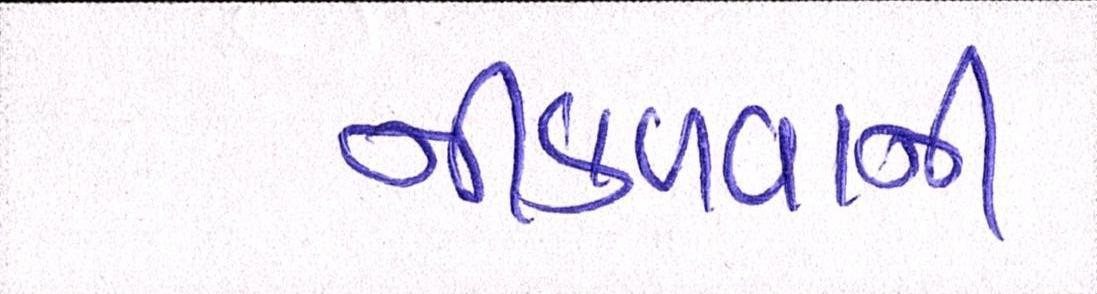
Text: નીકળવાની